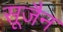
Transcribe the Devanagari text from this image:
सूजैन